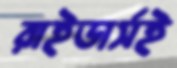
রাইডার্সই